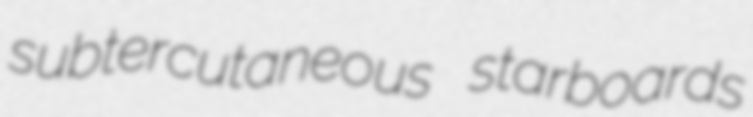
subtercutaneous starboards